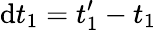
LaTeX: \mathrm{d}t_{1}=t_{1}^{\prime}-t_{1}